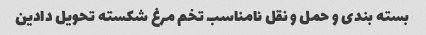
بسته بندی و حمل و نقل نامناسب تخم مرغ شکسته تحویل دادین